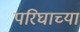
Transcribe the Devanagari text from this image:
परिघाच्या